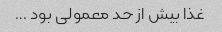
غذا بیش از حد معمولی بود …